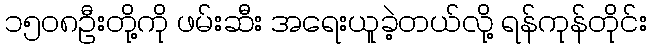
၁၅၀၈ဦးတို့ကို ဖမ်းဆီး အရေးယူခဲ့တယ်လို့ ရန်ကုန်တိုင်း